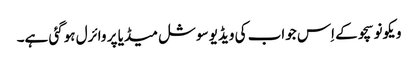
ویکونو سچو کے اِس جواب کی ویڈیو سوشل میڈیا پر وائرل ہوگئی ہے۔